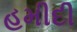
હમીદી